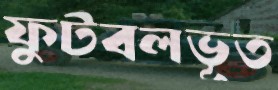
ফুটবলভূত